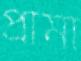
প্রামা